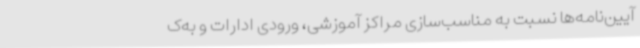
آیین‌نامه‌ها نسبت به مناسب‌سازی مراکز آموزشی، ورودی ادارات و به‌ک